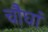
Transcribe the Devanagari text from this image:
चौघां